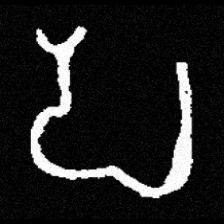
Pyu character \u2014 Myanmar letter: ပ (romanized: pa)